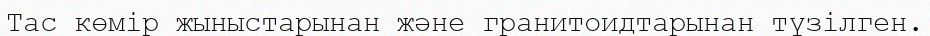
Тас көмір жыныстарынан және гранитоидтарынан түзілген.